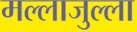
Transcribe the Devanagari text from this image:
मल्लाजुल्ला